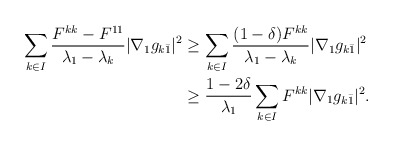
\begin{align*} \begin{aligned} \sum_{k\in I} \frac{F^{kk}- F^{11}}{\lambda_1 - \lambda_k}|\nabla_1g_{k\bar 1}|^2 &\geq \sum_{k\in I} \frac{(1-\delta )F^{kk}}{\lambda_1 - \lambda_k} |\nabla_1g_{k\bar 1}|^2 \\&\geq \frac{1-2\delta}{\lambda_1} \sum_{k\in I} F^{kk}|\nabla_1g_{k\bar 1}|^2.\end{aligned}\end{align*}